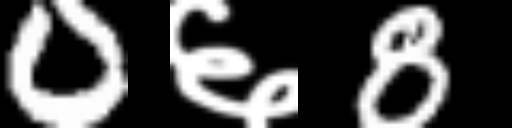
Text: 0६8